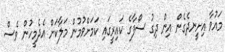
މައުވާ އިށީނދެގެން އިން ދިގު ސޯފާގެ ކައިރީގައި ކަމަށްވުމުން މަލާކަށް އެދެމީހުން ވެސް